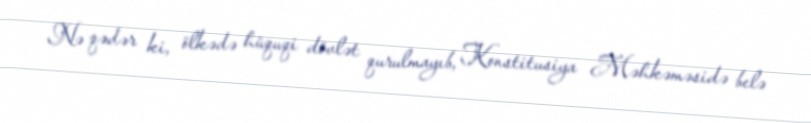
Nə qədər ki, ölkədə hüquqi dövlət qurulmayıb, Konstitusiya Məhkəməsidə belə